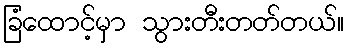
ခြံထောင့်မှာ သွားတီးတတ်တယ်။